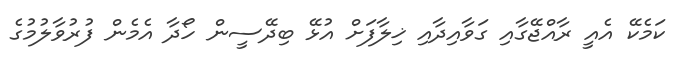
ކަމެކޭ އެއީ ރާއްޖޭގާއި ގަވާއިދާއި ޚިލާފަށް އުޅޭ ބިދޭސީން ހޯދާ އެމެން ފުރުވާލުމުގެ